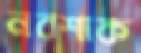
নবশাক